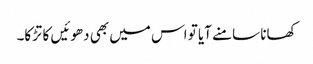
کھانا سامنے آیا تو اس میں بھی دھوئیں کا تڑکا۔